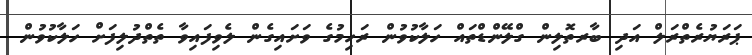
ޕަރަޔުރެތްރަލް އަދި ބާރތޮލިން ގްލޭންޑްތައް ހަލާކުވުން ރަހިމުގެ ވަށައިގެން ލެވިފައިވާ ތެތްދުލިފަށް ހަލާކުވުން